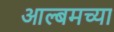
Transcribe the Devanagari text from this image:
आल्बमच्या